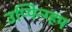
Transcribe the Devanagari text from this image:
उप्पिन्ग्हम